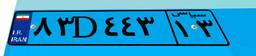
۸۳D۴۴۳۱۳